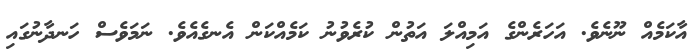
އާކަމެއް ނޫނެވެ. އަހަރެންގެ އަމިއްލަ އަތުން ކުރެވުނު ކަމެއްކަން އެނގެއެވެ. ނަމަވެސް ހަނދާނުގައި